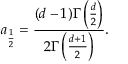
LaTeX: a _ { \frac 1 2 } = \frac { ( d - 1 ) \Gamma \left( \frac { d } 2 \right) } { 2 \Gamma \left( \frac { d + 1 } 2 \right) } .